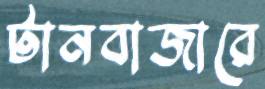
টানবাজারে